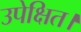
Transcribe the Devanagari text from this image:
उपेक्षित।